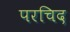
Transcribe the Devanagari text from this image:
परचिद